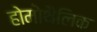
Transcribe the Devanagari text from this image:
होमोथैलिक